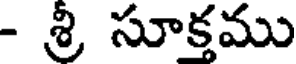
- శ్రీ సూక్తము